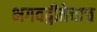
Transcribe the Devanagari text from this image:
भगवद्गीतेचाच